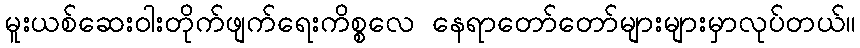
မူးယစ်ဆေးဝါးတိုက်ဖျက်ရေးကိစ္စလေ နေရာတော်တော်များများမှာလုပ်တယ်။